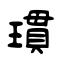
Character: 瑻